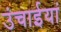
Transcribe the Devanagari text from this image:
उंचाईयां